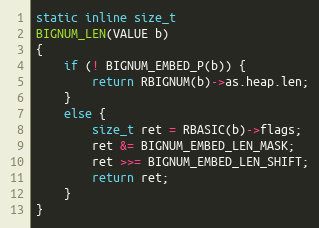
Language: C
static inline size_t
BIGNUM_LEN(VALUE b)
{
    if (! BIGNUM_EMBED_P(b)) {
        return RBIGNUM(b)->as.heap.len;
    }
    else {
        size_t ret = RBASIC(b)->flags;
        ret &= BIGNUM_EMBED_LEN_MASK;
        ret >>= BIGNUM_EMBED_LEN_SHIFT;
        return ret;
    }
}